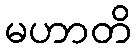
မဟာတိ